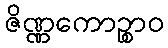
ဇိဏ္ဏကောဉ္စာဝ